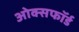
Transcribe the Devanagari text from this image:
ओक्सफॉर्ड